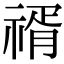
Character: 𥚩